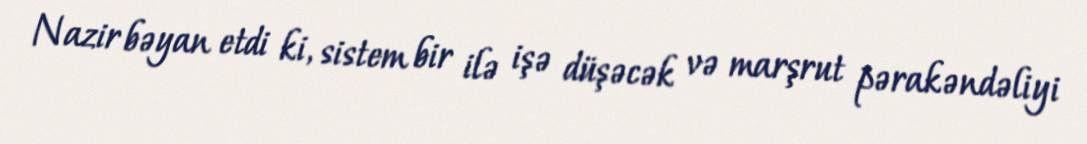
Nazir bəyan etdi ki, sistem bir ilə işə düşəcək və marşrut pərakəndəliyi